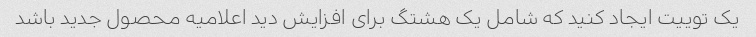
یک توییت ایجاد کنید که شامل یک هشتگ برای افزایش دید اعلامیه محصول جدید باشد